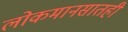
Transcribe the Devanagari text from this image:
लोकमानसातही